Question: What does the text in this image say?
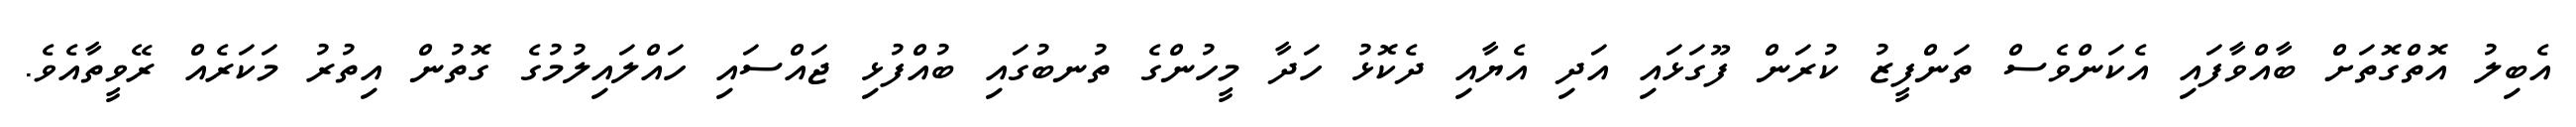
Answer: އެބިލު އޮތްގޮތަށް ބާއްވާފައި އެކަންވެސް ތަންފީޒު ކުރަން ފޫގަޅައި އަދި އެޔާއި ދެކޮޅު ހަދާ މީހުންގެ ތުނބުގައި ބުއްފުޅި ޖައްސައި ހައްލައިލުމުގެ ގޮތުން އިތުރު މަކަރެއް ރޭވީތާއެވެ.